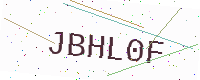
Text: JBHL0F